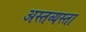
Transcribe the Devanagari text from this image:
अस्तव्यस्ता